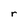
Character: r